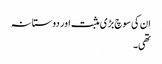
ان کی سوچ بڑی مثبت اور دوستانہ
تھی۔